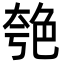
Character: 𦫚